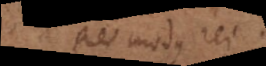
Res, modus rei.